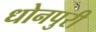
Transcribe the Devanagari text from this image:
धोनपुरी